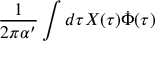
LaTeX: \frac { 1 } { 2 \pi \alpha ^ { \prime } } \int d \tau X ( \tau ) \dot { \Phi } ( \tau )